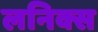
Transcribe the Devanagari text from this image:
लनिक्स